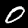
Label: 0